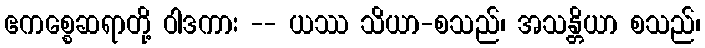
ဧကစ္စေဆရာတို့ ဝါဒကား -- ယဿ သိယာ-စသည်၊ အသန္တိယာ စသည်၊